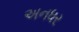
અનધર